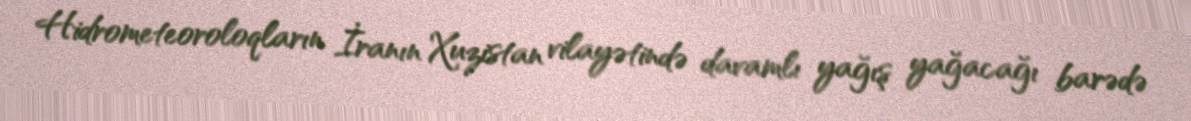
Hidrometeoroloqların İranın Xuzistan vilayətində davamlı yağış yağacağı barədə